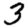
Digit: 3